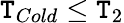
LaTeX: \mathtt{T}_{Cold}\leq\mathtt{T}_{2}